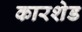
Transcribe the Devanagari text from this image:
कारशेड